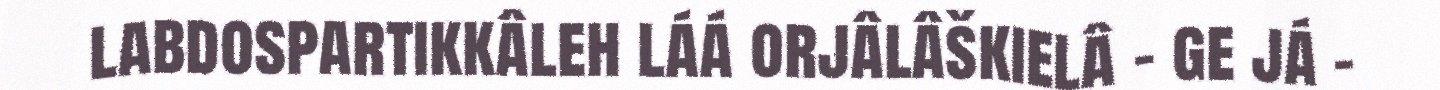
labdospartikkâleh láá orjâlâškielâ - ge já -